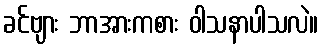
ခင်ဗျား ဘာအားကစား ဝါသနာပါသလဲ။